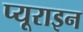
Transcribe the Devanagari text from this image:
प्यूराइन